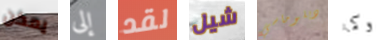
يمكن إلى لقد شيل دبلوماسي وكما